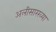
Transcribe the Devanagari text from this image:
अलीसारख्या